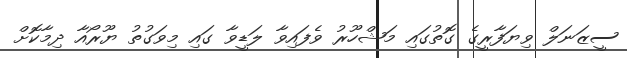
ސީޒަނަލް ވިޔަފާރީގެ ގޮތުގައި މަޝްހޫރު ވެފައިވާ ލަޑީވާ ގައި މިވަގުތު ޔޫރޯއާ ދިމާކޮށް